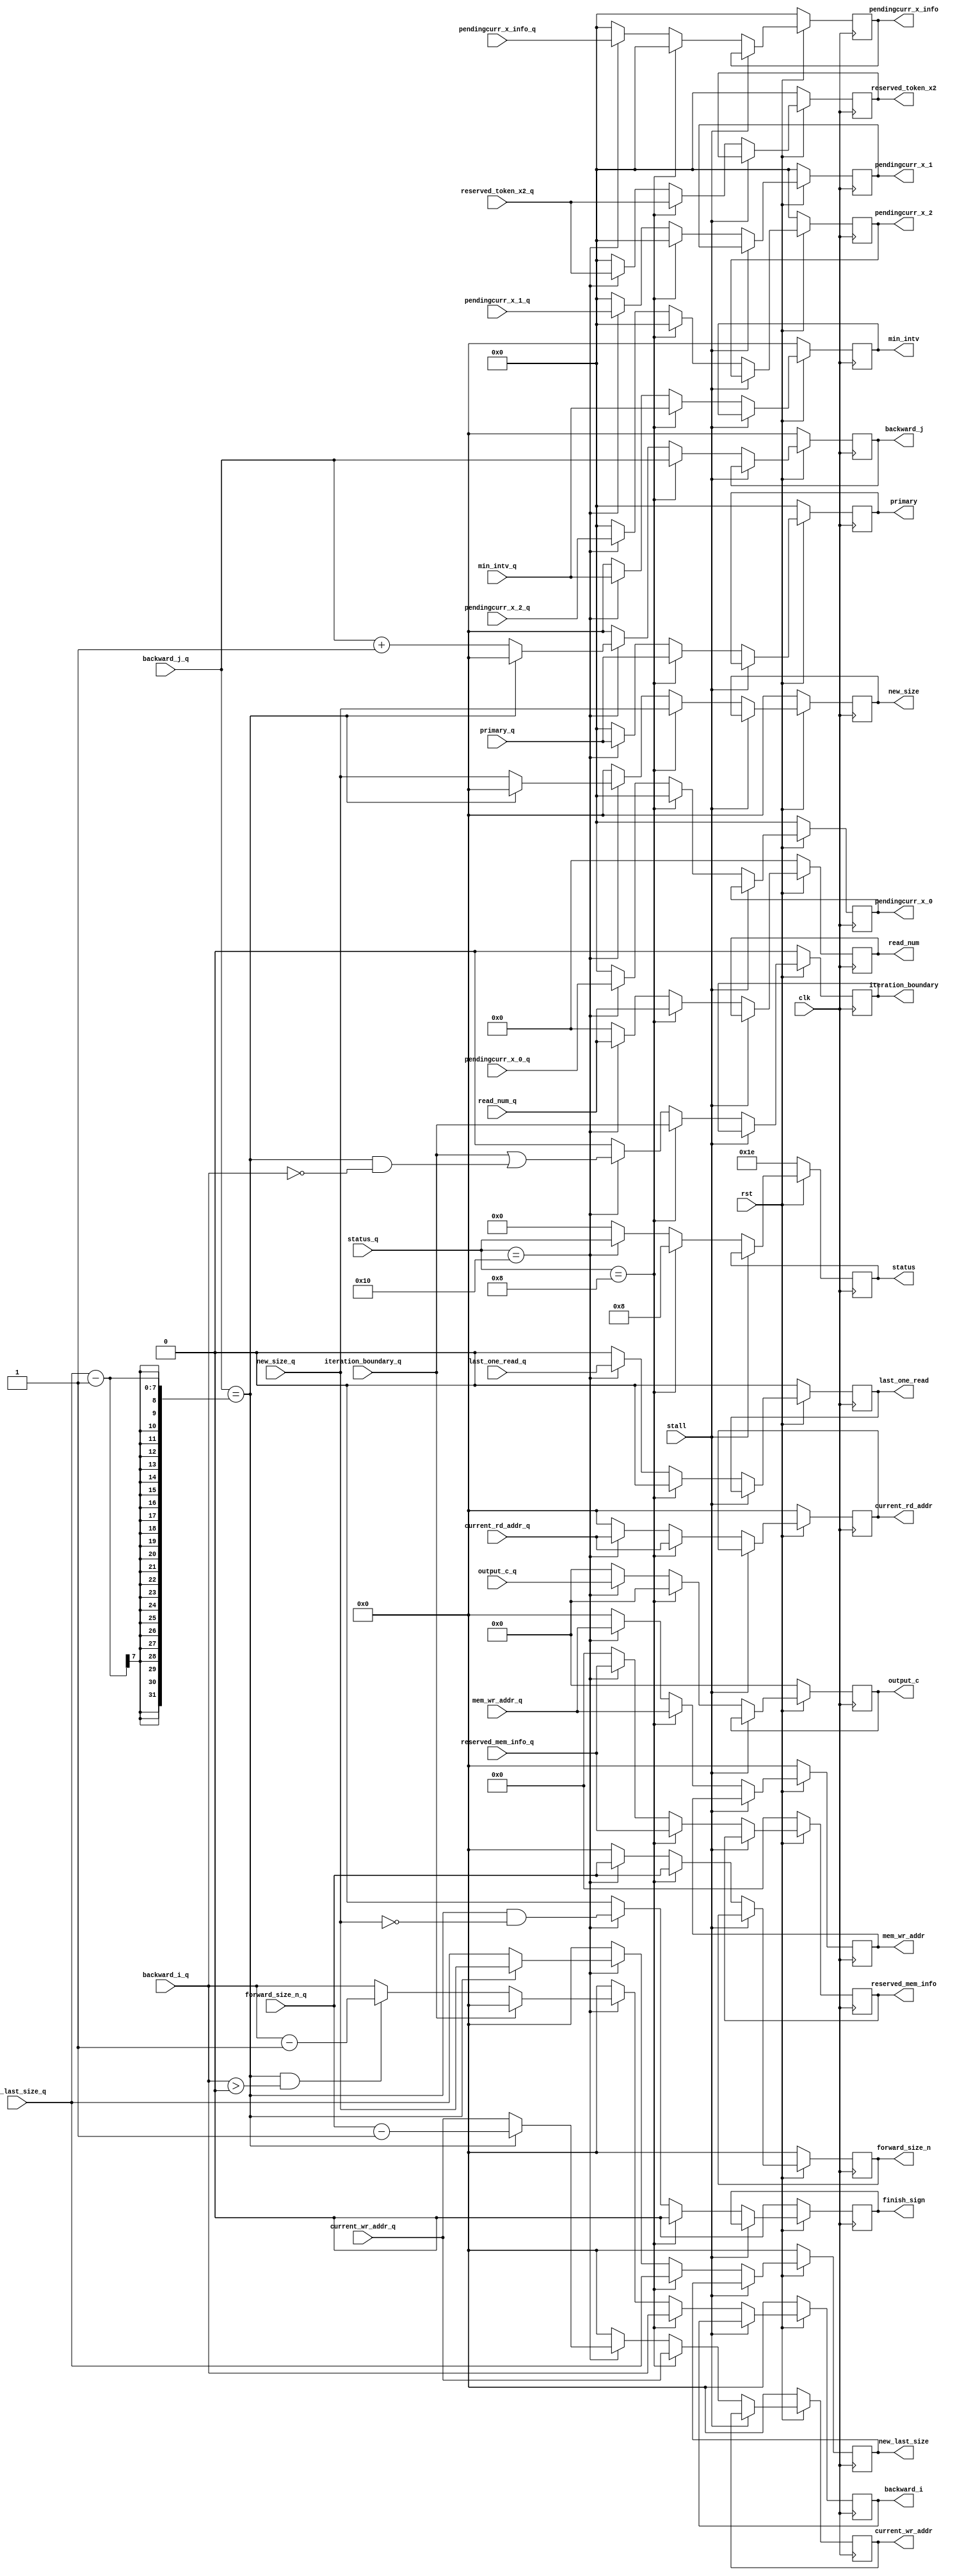
`define CL 512
`define MAX_READ 1024
`define READ_NUM_WIDTH 10
module CONTROL_STAGE2(
input wire clk,
input wire rst,
input wire stall,

input wire last_one_read_q,
input wire [63:0]	pendingcurr_x_0_q,
input wire [63:0]	pendingcurr_x_1_q,
input wire [63:0]	pendingcurr_x_2_q,
input wire [63:0]	pendingcurr_x_info_q,

input wire [`READ_NUM_WIDTH - 1:0] read_num_q,//onchip reads will not exceed 1024
input wire [5:0] status_q,
input wire [63:0] primary_q,
input wire [6:0] forward_size_n_q,
input wire [6:0] new_size_q,
input wire [6:0] new_last_size_q,
input wire [6:0] current_wr_addr_q,current_rd_addr_q,mem_wr_addr_q,
input wire [6:0] backward_i_q, backward_j_q,
input wire [7:0] output_c_q,//new_output_c,
input wire [6:0] min_intv_q,
input wire [63:0]	reserved_token_x2_q,
input wire [31:0]	reserved_mem_info_q,
input wire iteration_boundary_q,
//input wire j_bound;

output reg [`READ_NUM_WIDTH - 1:0] read_num,
output reg [6:0] current_rd_addr,

output reg last_one_read,
output reg [63:0]	pendingcurr_x_0,
output reg [63:0]	pendingcurr_x_1,
output reg [63:0]	pendingcurr_x_2,
output reg [63:0]	pendingcurr_x_info,

//signals handled to next stage
output reg [63:0] primary,
output reg [6:0] forward_size_n,
output reg [6:0] new_size,
output reg [6:0] new_last_size,
output reg [6:0] current_wr_addr,mem_wr_addr,
output reg [6:0] backward_i, backward_j,
output reg [7:0] output_c,
output reg [6:0] min_intv,
output reg finish_sign,iteration_boundary,
output reg [63:0]	reserved_token_x2,
output reg [31:0]	reserved_mem_info,
output reg [5:0] status
);
	parameter Len = 101;
	
	parameter F_init = 	6'b00_0001; // F_init will disable the forward pipeline
	parameter F_run =  	6'b00_0010;
	parameter F_break = 6'b00_0100;
	parameter BCK_INI = 6'b00_1000;	//100
	parameter BCK_RUN = 6'b01_0000;	//101
	parameter BCK_END = 6'b10_0000;	//110
	parameter BUBBLE = 	6'b00_0000;
	//j & i control logic 

	wire [6:0] backward_j_d, backward_i_d;
	wire finish_sign_d,iteration_boundary_d;
	wire [6:0] initial_pos;
	wire i_bound;
	wire i_bound_n;
	wire [7:0] output_c_d;
	wire [6:0] current_wr_addr_d;
	//during execution
	wire [6:0] new_last_size_d,new_size_d;

	assign initial_pos		= forward_size_n_q - 1;
	assign j_bound			= (backward_j_q == (new_last_size_q - 1));
	assign i_bound			= j_bound & (backward_i_q > 0);
	assign i_bound_n		= j_bound & (backward_i_q == 0);

	assign finish_sign_d		= j_bound & (new_size_q == 0);
	assign iteration_boundary_d = iteration_boundary_q | (i_bound_n);
	assign backward_i_d			= i_bound ? (backward_i_q - 1) : backward_i_q;
//	assign output_c_d			= i_bound ? new_output_c : output_c_q; //read[read_num_q][backward_i_q*8-1 : (backward_i_q*8-8)]
	assign backward_j_d			= j_bound ? 0 : (backward_j_q + 1); //if reach to the bound, change to 0. otherwisre + 1;
	assign current_wr_addr_d	= j_bound ? initial_pos : current_wr_addr_q;
	
	assign new_last_size_d		= j_bound ? new_size_q : new_last_size_q;
	assign new_size_d			= j_bound ? 0 : new_size_q;

	//wire lastone;
	//assign lastone = (new_size_q == 7'b1) && j_bound;

	always @(posedge clk) begin
		if(!rst)begin
			pendingcurr_x_0 <= 0;
			pendingcurr_x_1 <= 0;
			pendingcurr_x_2 <= 0;
			pendingcurr_x_info <= 0;
			finish_sign			<= 0;
			iteration_boundary	<= 0;
			backward_i			<= 0;
			backward_j			<= 0;
			output_c			<= 0;
			current_wr_addr		<= 0;
			current_rd_addr		<= 0;
		
			min_intv			<= 0;
			new_size			<= 0;
			read_num			<= 0;
			mem_wr_addr			<= 0;
			forward_size_n		<= 0;
			new_last_size		<= 0;
			primary				<= 0;
			reserved_token_x2	<= 0;
			reserved_mem_info	<= 0;
			last_one_read <= 0;
			status <= 5'b11110;
		end	
		else if (stall == 1) begin
			primary				<= primary;
						pendingcurr_x_0 <= pendingcurr_x_0;
			pendingcurr_x_1 <= pendingcurr_x_1;
			pendingcurr_x_2 <= pendingcurr_x_2;
			pendingcurr_x_info <= pendingcurr_x_info;
			reserved_token_x2	<= reserved_token_x2;
			reserved_mem_info	<= reserved_mem_info;
			finish_sign			<= finish_sign;
			iteration_boundary	<= iteration_boundary;
			backward_i			<= backward_i;
			backward_j			<= backward_j;
			output_c			<= output_c;
			current_wr_addr		<= current_wr_addr;
			current_rd_addr		<= current_rd_addr;
			new_size			<= new_size;
			new_last_size		<= new_last_size;
			last_one_read <= last_one_read;
			min_intv			<= min_intv;
			read_num			<= read_num;
			mem_wr_addr			<= mem_wr_addr;
			forward_size_n		<= forward_size_n;
			
			status				<= status;
		end
		else if(status_q==BCK_INI) begin
			read_num			<= read_num_q;
			current_rd_addr		<= current_rd_addr_q;
			pendingcurr_x_0 <= 0;
			pendingcurr_x_1 <= 0;
			pendingcurr_x_2 <= 0;
			pendingcurr_x_info <= 0;			
			last_one_read <= 0;
			//signals handled to next stage
			primary				<= primary_q;
			forward_size_n		<= forward_size_n_q;
			new_size			<= new_size_q;
			new_last_size		<= new_last_size_q;
			current_wr_addr		<= current_wr_addr_q;
			mem_wr_addr			<= mem_wr_addr_q;
			backward_i			<= backward_i_q; 
			backward_j			<= backward_j_q;
			output_c			<= 0 ;
			min_intv			<= min_intv_q;
			finish_sign			<= 0;
			iteration_boundary  <= iteration_boundary_q;
			reserved_token_x2	<= reserved_token_x2_q;
			reserved_mem_info	<= reserved_mem_info_q;
			
			status				<= BCK_INI;
		end
		else if(status_q==BCK_RUN) begin
			last_one_read <= last_one_read_q;
			pendingcurr_x_0 <= pendingcurr_x_0_q;
			pendingcurr_x_1 <= pendingcurr_x_1_q;
			pendingcurr_x_2 <= pendingcurr_x_2_q;
			pendingcurr_x_info <= pendingcurr_x_info_q;	
			
			primary		<= primary_q;
			reserved_token_x2	<= reserved_token_x2_q;
			reserved_mem_info	<= reserved_mem_info_q;
			finish_sign			<= finish_sign_d;
			iteration_boundary	<= iteration_boundary_d;
			if(iteration_boundary_q)	backward_i <= 0;
			else			backward_i	<= backward_i_d;
			backward_j			<= backward_j_d;
			output_c			<= output_c_q;
			current_wr_addr		<= current_wr_addr_d;
			current_rd_addr		<= current_rd_addr_q;
			new_size			<= new_size_d;
			new_last_size		<= new_last_size_d;
			
			min_intv			<= min_intv_q;
			read_num			<= read_num_q;
			mem_wr_addr			<= mem_wr_addr_q;
			forward_size_n		<= forward_size_n_q;
			
			status				<= status_q;
		end
		else begin
			last_one_read <= 0;
			pendingcurr_x_0 <= 0;
			pendingcurr_x_1 <= 0;
			pendingcurr_x_2 <= 0;
			pendingcurr_x_info <= 0;
			primary				<= 0;
			reserved_token_x2	<= 0;
			reserved_mem_info	<= 0;
			finish_sign			<= 0;
			iteration_boundary	<= 0;
			backward_i			<= 0;
			backward_j			<= 0;
			output_c			<= 0;
			current_wr_addr		<= 0;
			current_rd_addr		<= 0;
			new_size			<= 0;
			new_last_size		<= 0;
			
			min_intv			<= 0;
			read_num			<= 0;
			mem_wr_addr			<= 0;
			forward_size_n		<= 0;
			
			status				<= BUBBLE;
		end
	end
	
	    
endmodule